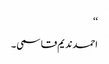
‘‘
احمد ندیم قاسمی ۔